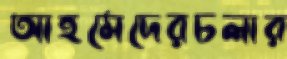
আহমেদেরচলার